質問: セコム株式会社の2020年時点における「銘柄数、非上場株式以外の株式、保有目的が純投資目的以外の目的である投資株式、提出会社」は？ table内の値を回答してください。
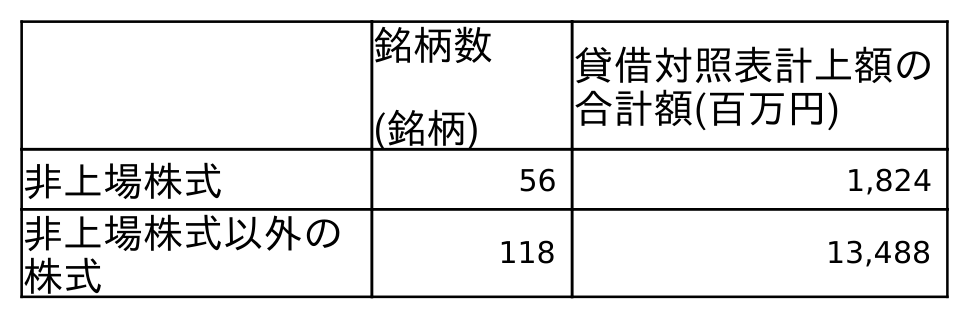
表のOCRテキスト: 銘柄数 (銘柄) 貸借対照表計上額の 合計額(百万円) 非上場株式 56 1,824 非上場株式以外の 株式 118 13,488
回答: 118